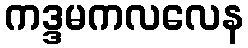
ကဒ္ဒမကလလေန